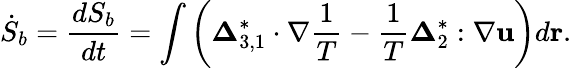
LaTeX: {{\dot{S}}_{b}}=\frac{{d{S_{b}}}}{{dt}}=\int{\left({{\boldsymbol{\Delta}}_{3,1}^{*}\cdot\nabla\frac{1}{T}-\frac{1}{T}{\boldsymbol{\Delta}}_{2}^{*}:\nabla{\mathbf{u}}}\right)d{\mathbf{r}}}.